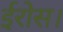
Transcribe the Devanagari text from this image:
ईरोस।